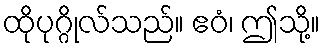
ထိုပုဂ္ဂိုလ်သည်။ ဧဝံ၊ ဤသို့။